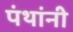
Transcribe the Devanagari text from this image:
पंथांनी